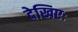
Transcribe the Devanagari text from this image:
देखिएः